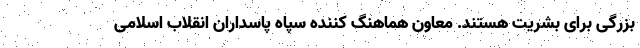
بزرگی برای بشریت هستند. معاون هماهنگ کننده سپاه پاسداران انقلاب اسلامی